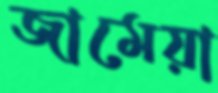
জামেয়া